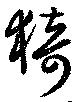
猗